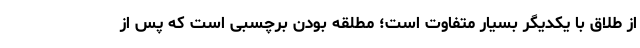
از طلاق با یکدیگر بسیار متفاوت است؛ مطلقه بودن برچسبی است که پس از